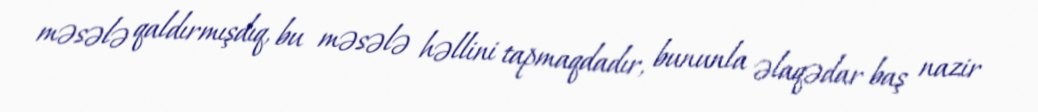
məsələ qaldırmışdıq, bu məsələ həllini tapmaqdadır, bununla əlaqədar baş nazir